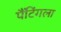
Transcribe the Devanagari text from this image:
पैंटिंगला